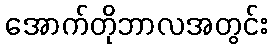
အောက်တိုဘာလအတွင်း